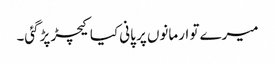
میرے تو ارمانوں پر پانی کیا کیچڑ پڑگئی۔